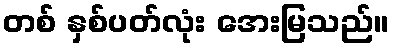
တစ် နှစ်ပတ်လုံး အေးမြသည်။